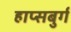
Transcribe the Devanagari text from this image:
हाप्सबुर्ग